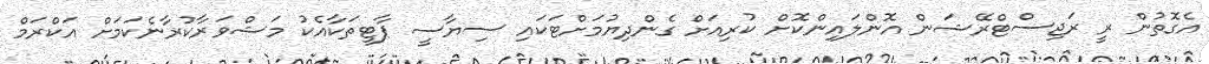
އެގޮތުން ރީ ރަޖިސްޓްރޭޝަން އޮންލައިންކޮށް ކުރިއަށް ގެންދިޔުމަށްޓަކައި ސިޔާސީ ޕާޓީތަކާއެކު މަޝްވަރާކުރާނެކަމަށް އަކްރަމް